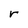
Character: r